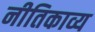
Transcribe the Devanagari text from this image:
नीतिकाव्य